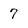
Character: 7